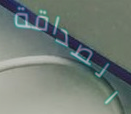
الصداقة